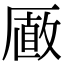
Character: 𠪫